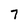
Character: 7